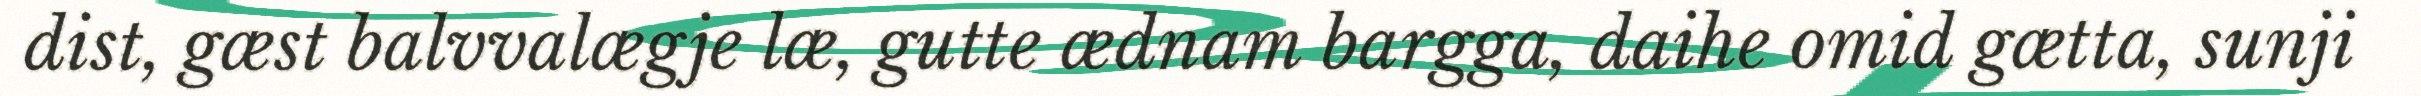
dist, gæst balvvalægje læ, gutte ædnam bargga, daihe omid gætta, sunji